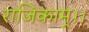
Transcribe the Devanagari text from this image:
राजिकाम्।।